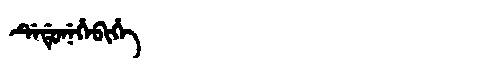
Manchu: ᡩᡝᡩᡠᠨᡝᡥᡝᠪᡳᡥᡝ
Romanization: DEDUNEHEBIHE